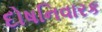
દોષનિવારક